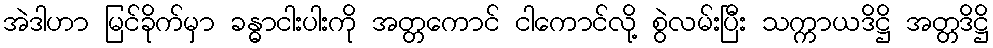
အဲဒါဟာ မြင်ခိုက်မှာ ခန္ဓာငါးပါးကို အတ္တကောင် ငါကောင်လို့ စွဲလမ်းပြီး သက္ကာယဒိဋ္ဌိ အတ္တဒိဋ္ဌိ